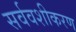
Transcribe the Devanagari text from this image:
सर्ववशीकरण